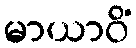
မာယာဝိံ